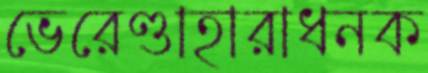
ভেরেণ্ডাহারাধনক